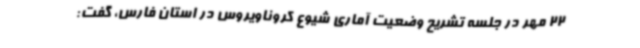
22 مهر در جلسه تشریح وضعیت آماری شیوع کروناویروس در استان فارس، گفت: